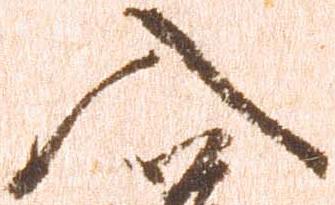
入